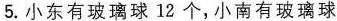
5.小东有玻璃球12个，小南有玻璃球